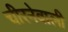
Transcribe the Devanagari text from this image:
चीरनेवाली